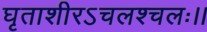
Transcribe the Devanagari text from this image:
घृताशीरऽचलश्चलः।।